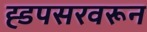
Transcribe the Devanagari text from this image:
ह्डपसरवरून